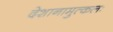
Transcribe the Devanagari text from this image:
देशानामुत्कलः